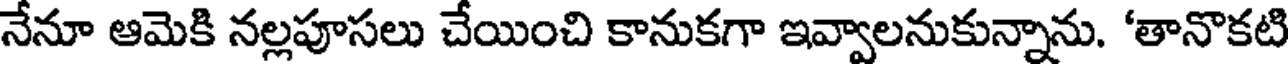
నేనూ ఆమెకి నల్లపూసలు చేయించి కానుకగా ఇవ్వాలనుకున్నాను. 'తానొకటి